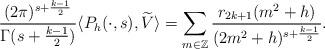
LaTeX: \begin{align*} \frac{(2\pi)^{s + \frac{k-1}{2}}}{\Gamma(s + \frac{k-1}{2})} \langle P_h(\cdot, s), \widetilde{V} \rangle = \sum_{m \in \mathbb{Z}} \frac{r_{2k+1}(m^2+h)}{(2m^2+h)^{s+\frac{k-1}{2}}}.\end{align*}